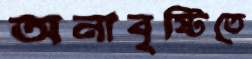
অনাবৃষ্টিতে